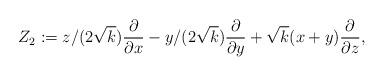
LaTeX: \begin{align*}Z_2:=z/(2\sqrt{k}) \frac{\partial}{\partial x} -y/(2\sqrt{k})\frac{\partial}{\partial y}+\sqrt{k}(x+y)\frac{\partial}{\partial z}, \end{align*}